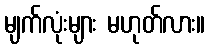
မျက်လုံးများ မဟုတ်လား။